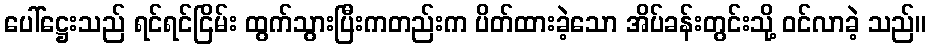
ပေါ်ဋ္ဌေးသည် ရင်ရင်ငြိမ်း ထွက်သွားပြီးကတည်းက ပိတ်ထားခဲ့သော အိပ်ခန်းတွင်းသို့ ဝင်လာခဲ့ သည်။